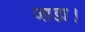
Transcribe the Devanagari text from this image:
जाडा।